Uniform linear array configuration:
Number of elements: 4
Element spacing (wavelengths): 0.5
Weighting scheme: cosine
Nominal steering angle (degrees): -45
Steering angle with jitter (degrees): -45.658
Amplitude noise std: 0.05
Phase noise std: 0.05

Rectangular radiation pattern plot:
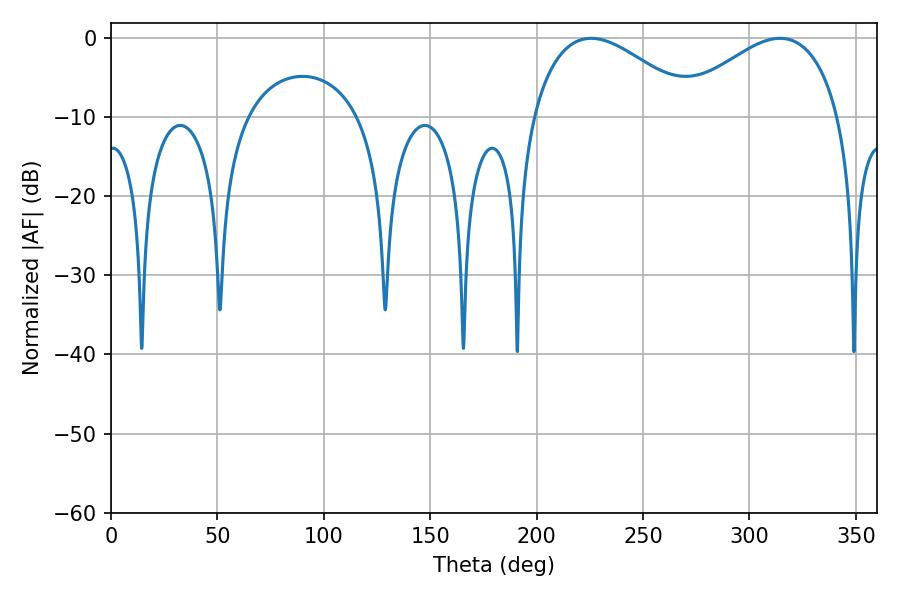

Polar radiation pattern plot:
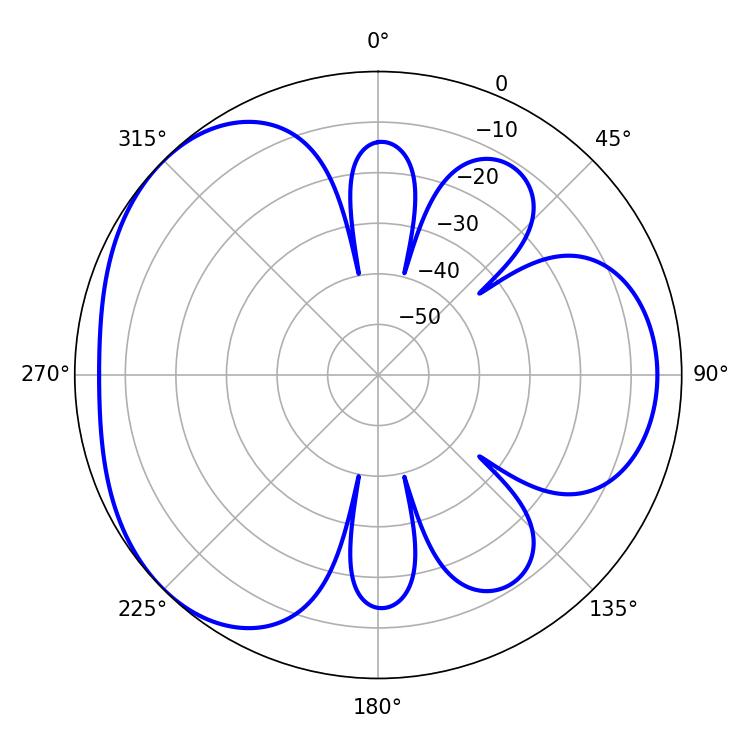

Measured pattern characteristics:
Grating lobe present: FALSE
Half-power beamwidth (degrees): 42.12
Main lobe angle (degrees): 225.54